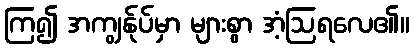
ကြ၍ အကျွန်ုပ်မှာ များစွာ အံ့ဩရလေ၏။